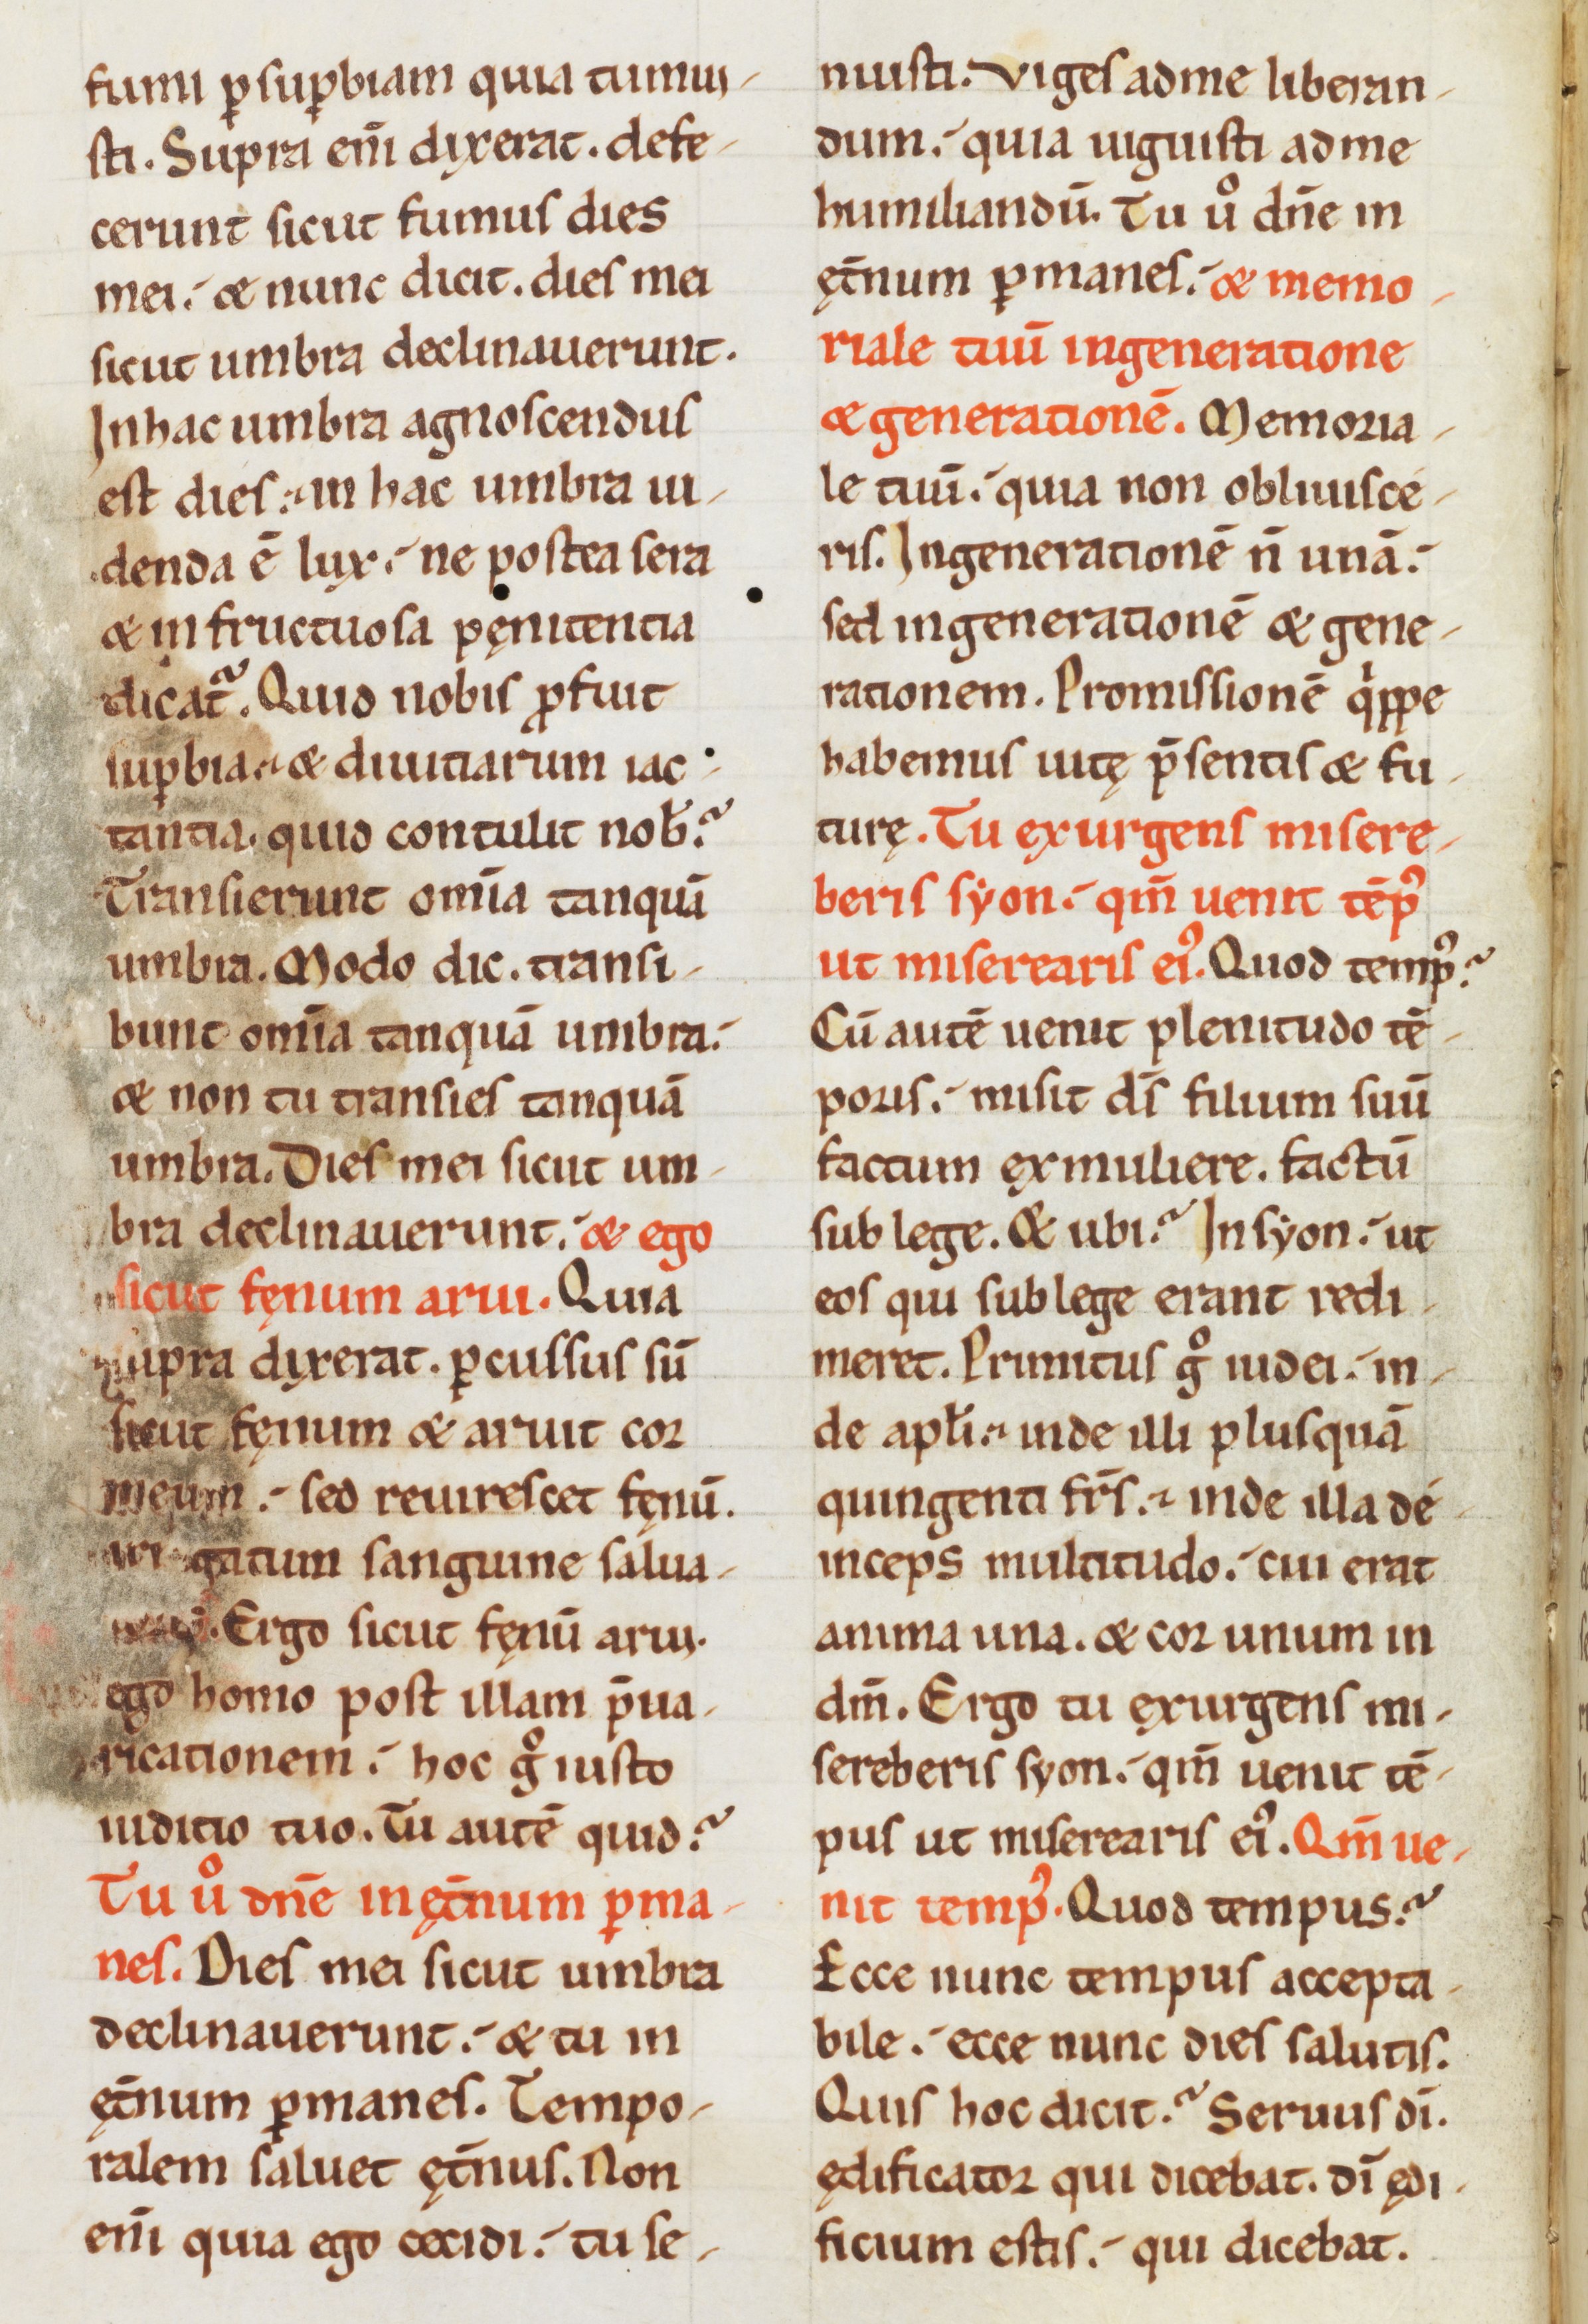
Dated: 1100–1199